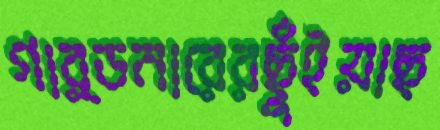
গার্ডনারেরছুঁইয়াছ